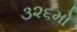
૩૨૬મો